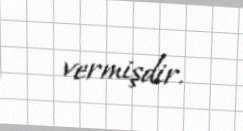
vermişdir.